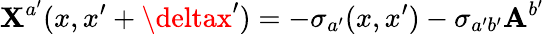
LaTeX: \mathbf{X}^{a^{\prime}}(x,x^{\prime}+\deltax^{\prime})=-\sigma_{a^{\prime}}(x,x^{\prime})-\sigma_{a^{\prime}b^{\prime}}\mathbf{A}^{b^{\prime}}